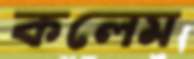
কলেম